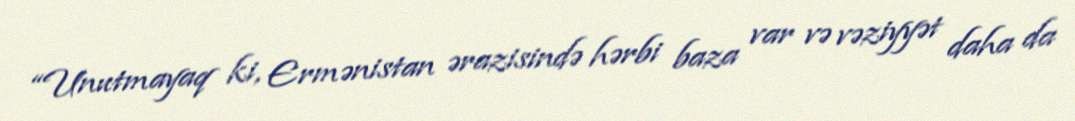
“Unutmayaq ki, Ermənistan ərazisində hərbi baza var və vəziyyət daha da